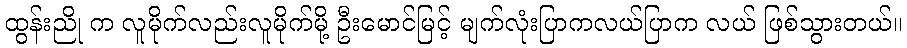
ထွန်းညို က လူမိုက်လည်းလူမိုက်မို့ ဦးမောင်မြင့် မျက်လုံးပြာကလယ်ပြာက လယ် ဖြစ်သွားတယ်။